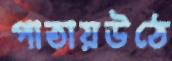
পাতায়উঠে